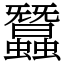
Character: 蠶